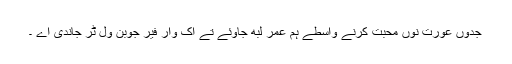
جدوں عورت نوں محبت کرنے واسطے ہم عمر لبھ جاوئے تے اک وار فیر جوبن ول ٹُر جاندی اے ۔